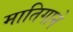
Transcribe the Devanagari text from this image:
मातिगाने